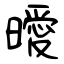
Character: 曖